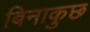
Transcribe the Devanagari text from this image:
बिनाकुछ